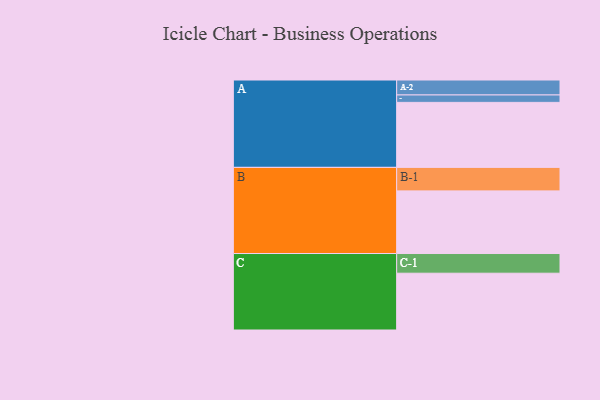
{"axis": {"x": "Segment", "y": "Value"}, "legend": ["", "A", "B", "C"], "data": [{"x": "A", "y": 578, "type": ""}, {"x": "B", "y": 557, "type": ""}, {"x": "C", "y": 505, "type": ""}, {"x": "A-1", "y": 66, "type": "A"}, {"x": "A-2", "y": 133, "type": "A"}, {"x": "B-1", "y": 209, "type": "B"}, {"x": "C-1", "y": 175, "type": "C"}]}